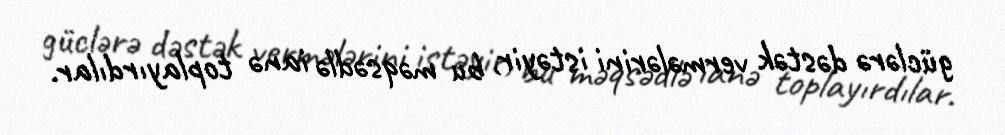
güclərə dəstək vermələrini istəyir, bu məqsədlə ianə toplayırdılar.